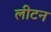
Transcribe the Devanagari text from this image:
लीटन